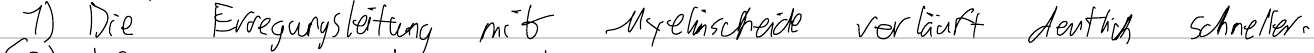
1) Die Erregungsleitung mit Myelinscheide verläuft deutlich schneller.